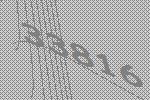
33816